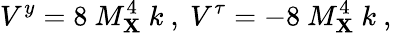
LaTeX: V^{y}=8~M_{\mathbf{X}}^{4}~k~,~V^{\tau}=-8~M_{\mathbf{X}}^{4}~k~,~\,